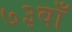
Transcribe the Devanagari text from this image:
७३वाँ